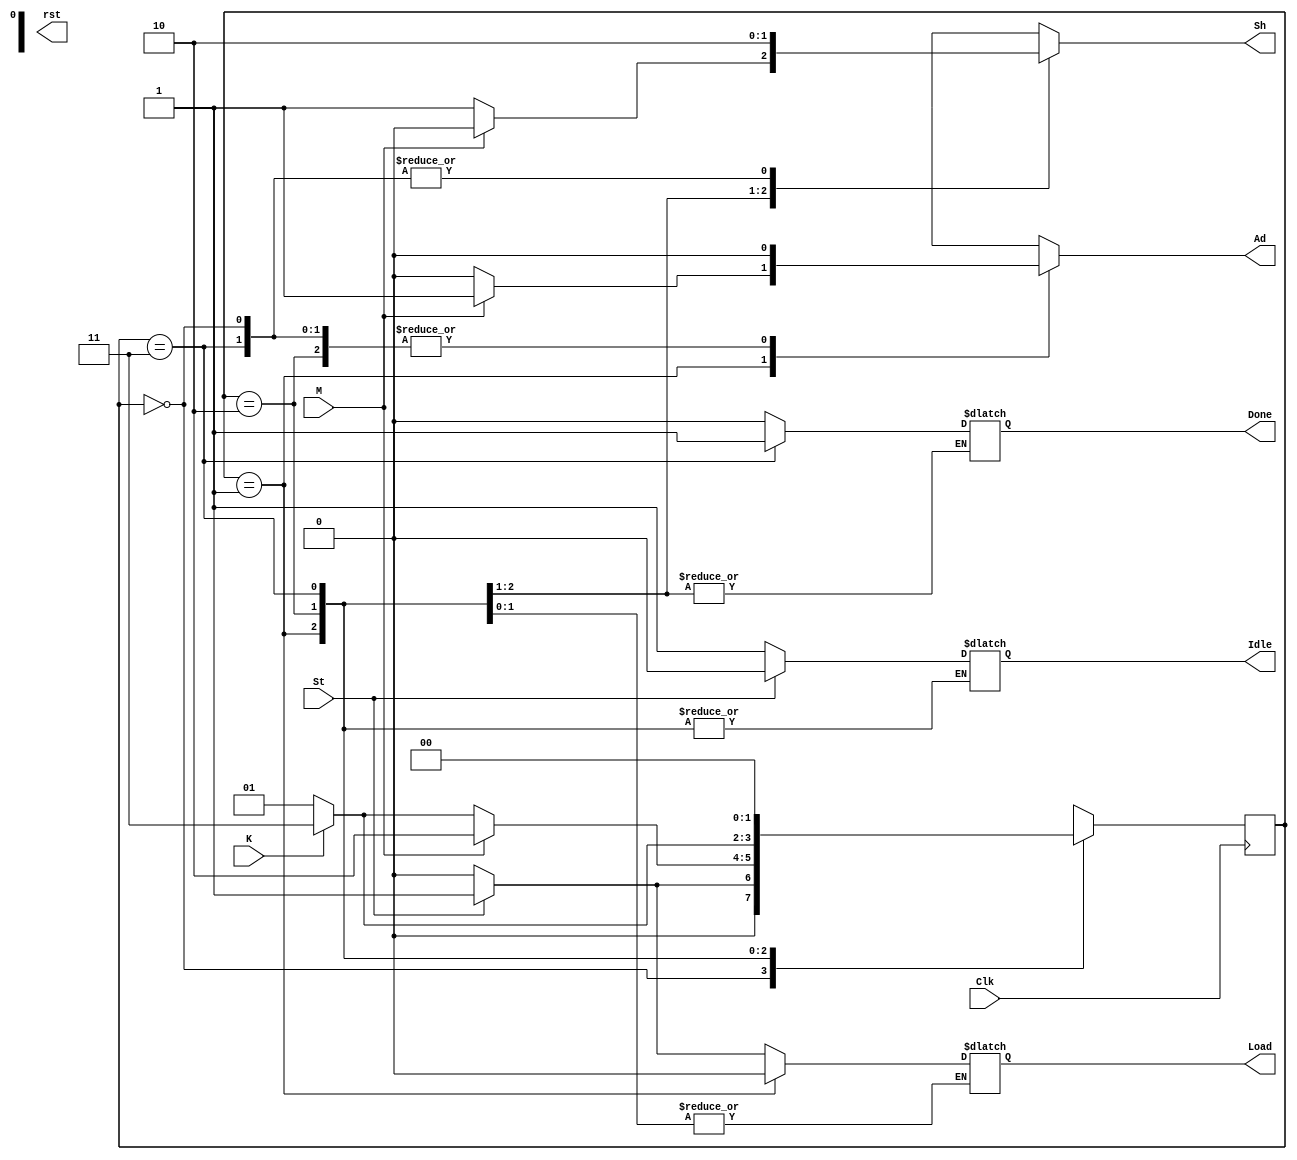
module Control (Idle, Done, St, Load, Sh, Ad, Clk, K, M, rst);
input St, Clk;
input M, K;
output reg Idle, Done;
output reg Load, Sh, Ad;
output reg rst;


reg [1:0] estado_atual=0;
parameter S0=2'd0, S1=2'd1, S2=2'd2, S3=2'd3;

	always @(posedge Clk) begin
	
		case(estado_atual)
			S0: begin	
					if (St == 1) begin
						estado_atual = S1;
					end
					else begin
						estado_atual = S0;
					end
			end
			
			S1: begin
					if (M == 0)
					begin
						if (K == 0)
							estado_atual = S1;
						else
							estado_atual = S3;
					end
					else begin
						estado_atual = S2;
					end
			end
			S2: begin
					if (K == 0)
						estado_atual = S1;
					else
						estado_atual = S3;
			end
			S3: begin
					estado_atual = S0;
			end
		endcase
	end

	always @(Clk) begin
	
		case(estado_atual)
			S0: begin	
					if (St == 1)
					begin
						Done = 0;
						Load = 1;
						Ad = 0;
						Sh = 0;
						Idle = 0;
					end
					else begin
						Done = 0;
						Load = 0;
						Ad = 0;
						Sh = 0;
						Idle = 1;
					end
			end
			S1: begin
				Load = 0;
					if (M == 0)
					begin
						Sh = 1;
						Ad = 0;
					end
					else begin
						Ad = 1;
						Sh = 0;
					end
			end
			S2: begin
					Sh = 1;
					Ad = 0;
			end
			S3: begin
					Sh = 0;
					Ad = 0;
					Done = 1;
			end
		endcase
	end

endmodule